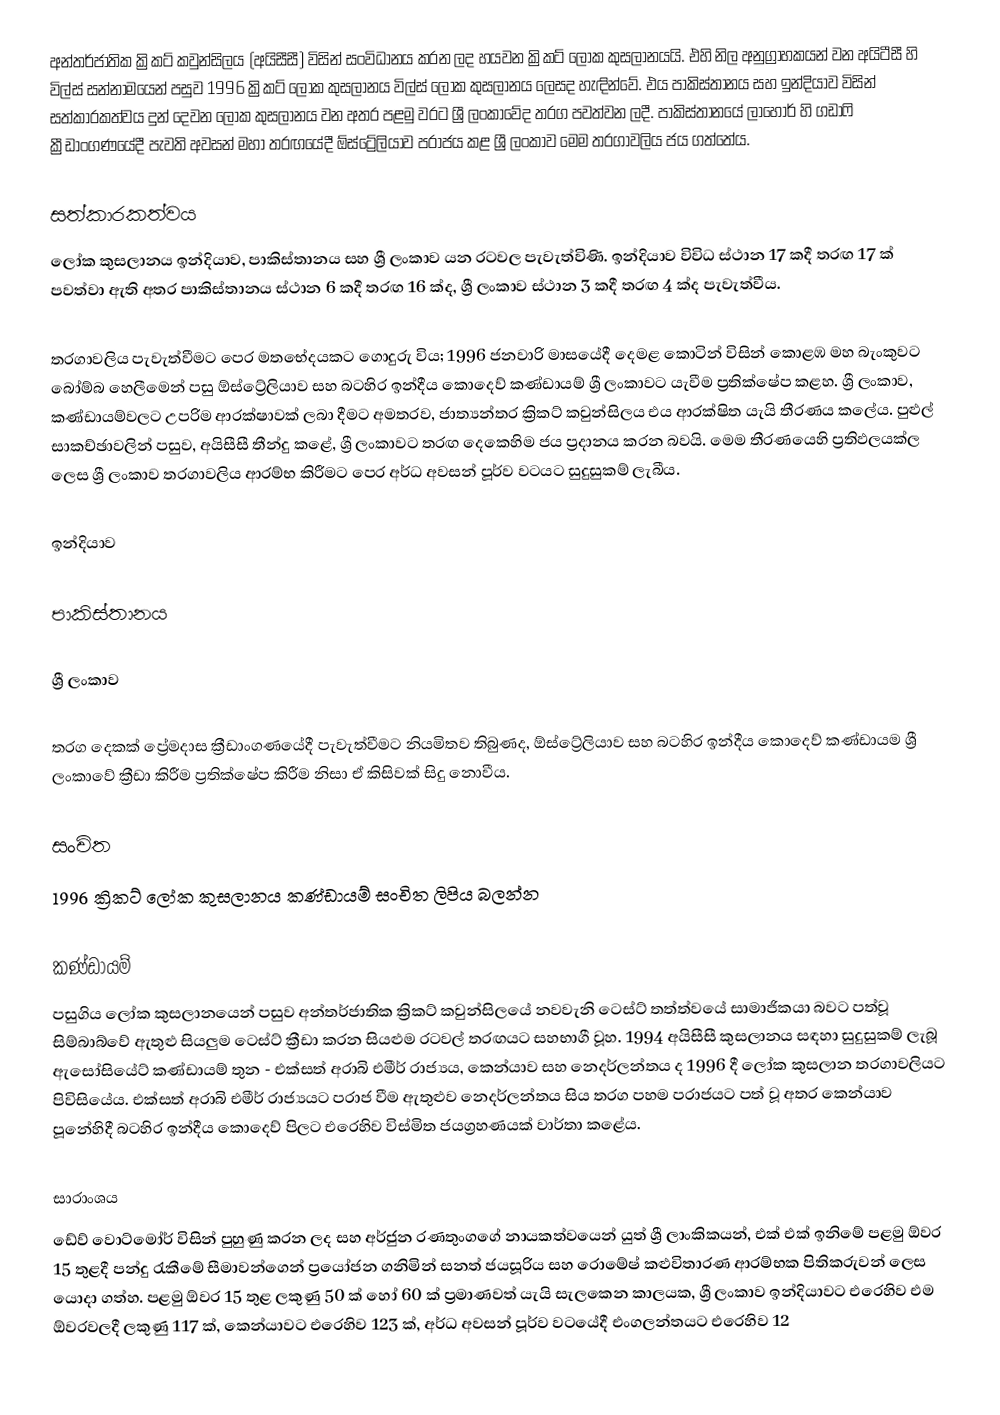
අන්තර්ජාතික ක්‍රිකට් කවුන්සිලය (අයිසීසී) විසින් සංවිධානය කරන ලද හයවන ක්‍රිකට් ලෝක කුසලානයයි. එහි නිල අනුග්‍රාහකයන් වන අයිටීසී හි විල්ස් සන්නාමයෙන් පසුව 1996 ක්‍රිකට් ලෝක කුසලානය විල්ස් ලෝක කුසලානය ලෙසද හැඳින්වේ. එය පාකිස්තානය සහ ඉන්දියාව විසින් සත්කාරකත්වය දුන් දෙවන ලෝක කුසලානය වන අතර පළමු වරට ශ්‍රී ලංකාවේද තරග පවත්වන ලදී. පාකිස්තානයේ ලාහෝර් හි ගඩාෆි ක්‍රීඩාංගණයේදී පැවති අවසන් මහා තරඟයේදී ඕස්ට්‍රේලියාව පරාජය කළ ශ්‍රී ලංකාව මෙම තරගාවලිය ජය ගත්තේය.

සත්කාරකත්වය
ලෝක කුසලානය ඉන්දියාව, පාකිස්තානය සහ ශ්‍රී ලංකාව යන රටවල පැවැත්විණි. ඉන්දියාව විවිධ ස්ථාන 17 කදී තරඟ 17 ක් පවත්වා ඇති අතර පාකිස්තානය ස්ථාන 6 කදී තරඟ 16 ක්ද, ශ්‍රී ලංකාව ස්ථාන 3 කදී තරඟ 4 ක්ද පැවැත්වීය.

තරගාවලිය පැවැත්වීමට පෙර මතභේදයකට ගොදුරු විය; 1996 ජනවාරි මාසයේදී දෙමළ කොටින් විසින් කොළඹ මහ බැංකුවට බෝම්බ හෙලීමෙන් පසු ඕස්ට්‍රේලියාව සහ බටහිර ඉන්දීය කොදෙව් කණ්ඩායම් ශ්‍රී ලංකාවට යැවීම ප්‍රතික්ෂේප කළහ. ශ්‍රී ලංකාව, කණ්ඩායම්වලට උපරිම ආරක්ෂාවක් ලබා දීමට අමතරව, ජාත්‍යන්තර ක්‍රිකට් කවුන්සිලය එය ආරක්ෂිත යැයි තීරණය කලේය. පුළුල් සාකච්ඡාවලින් පසුව, අයිසීසී තීන්දු කළේ, ශ්‍රී ලංකාවට තරඟ දෙකෙහිම ජය ප්‍රදානය කරන බවයි. මෙම තීරණයෙහි ප්‍රතිඵලයක්ල ලෙස ශ්‍රී ලංකාව තරගාවලිය ආරම්භ කිරීමට පෙර අර්ධ අවසන් පූර්ව වටයට සුදුසුකම් ලැබීය.

ඉන්දියාව

පාකිස්තානය

ශ්‍රී ලංකාව

 තරග දෙකක් ප්‍රේමදාස ක්‍රීඩාංගණයේදී පැවැත්වීමට නියමිතව තිබුණද, ඕස්ට්‍රේලියාව සහ බටහිර ඉන්දීය කොදෙව් කණ්ඩායම ශ්‍රී ලංකාවේ ක්‍රීඩා කිරීම ප්‍රතික්ෂේප කිරීම නිසා ඒ කිසිවක් සිදු නොවීය.

සංචිත
1996 ක්‍රිකට් ලෝක කුසලානය කණ්ඩායම් සංචිත ලිපිය බලන්න

කණ්ඩායම්
පසුගිය ලෝක කුසලානයෙන් පසුව අන්තර්ජාතික ක්‍රිකට් කවුන්සිලයේ නවවැනි ටෙස්ට් තත්ත්වයේ සාමාජිකයා බවට පත්වූ සිම්බාබ්වේ ඇතුළු සියලුම ටෙස්ට් ක්‍රීඩා කරන සියළුම රටවල් තරඟයට සහභාගී වූහ. 1994 අයිසීසී කුසලානය සඳහා සුදුසුකම් ලැබූ ඇසෝසියේට් කණ්ඩායම් තුන - එක්සත් අරාබි එමීර් රාජ්‍යය, කෙන්යාව සහ නෙදර්ලන්තය ද 1996 දී ලෝක කුසලාන තරගාවලියට පිවිසියේය. එක්සත් අරාබි එමීර් රාජ්‍යයට පරාජ වීම ඇතුළුව නෙදර්ලන්තය සිය තරග පහම පරාජයට පත් වූ අතර කෙන්යාව පූනේහිදී බටහිර ඉන්දීය කොදෙව් පිලට එරෙහිව විස්මිත ජයග්‍රහණයක් වාර්තා කළේය.

සාරාංශය
ඩේව් වොට්මෝර් විසින් පුහුණු කරන ලද සහ අර්ජුන රණතුංගගේ නායකත්වයෙන් යුත් ශ්‍රී ලාංකිකයන්, එක් එක් ඉනිමේ පළමු ඕවර 15 තුළදී පන්දු රැකීමේ සීමාවන්ගෙන් ප්‍රයෝජන ගනිමින් සනත් ජයසූරිය  සහ රොමේෂ් කළුවිතාරණ ආරම්භක පිතිකරුවන් ලෙස යොදා ගත්හ. පළමු ඕවර 15 තුළ ලකුණු 50 ක් හෝ 60 ක් ප්‍රමාණවත් යැයි සැලකෙන කාලයක, ශ්‍රී ලංකාව ඉන්දියාවට එරෙහිව එම ඕවරවලදී ලකුණු 117 ක්, කෙන්යාවට එරෙහිව 123 ක්, අර්ධ අවසන් පූර්ව වටයේදී එංගලන්තයට එරෙහිව 12